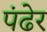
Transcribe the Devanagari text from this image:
पंढेर